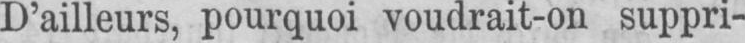
D’ailleurs, pourquoi voudrait-on suppri-